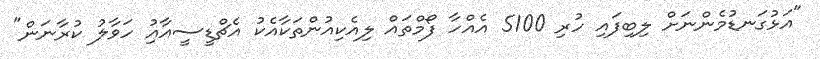
"އަޅުގަނޑުމެންނަށް ލިބިފައި ހުރި 5100 އެއްހާ ފޯމްތައް ލިއެކިއުންތަކާއެކު އެޗްޑީސީއާއިު ހަވާލު ކުރާނަން"